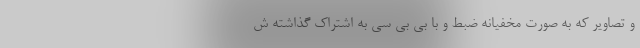
و تصاویر که به صورت مخفیانه ضبط و با بی بی سی به اشتراک گذاشته‌ ش